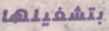
بتشغيلها